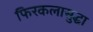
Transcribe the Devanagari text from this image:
फिरकलासुद्धा